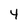
Character: 4